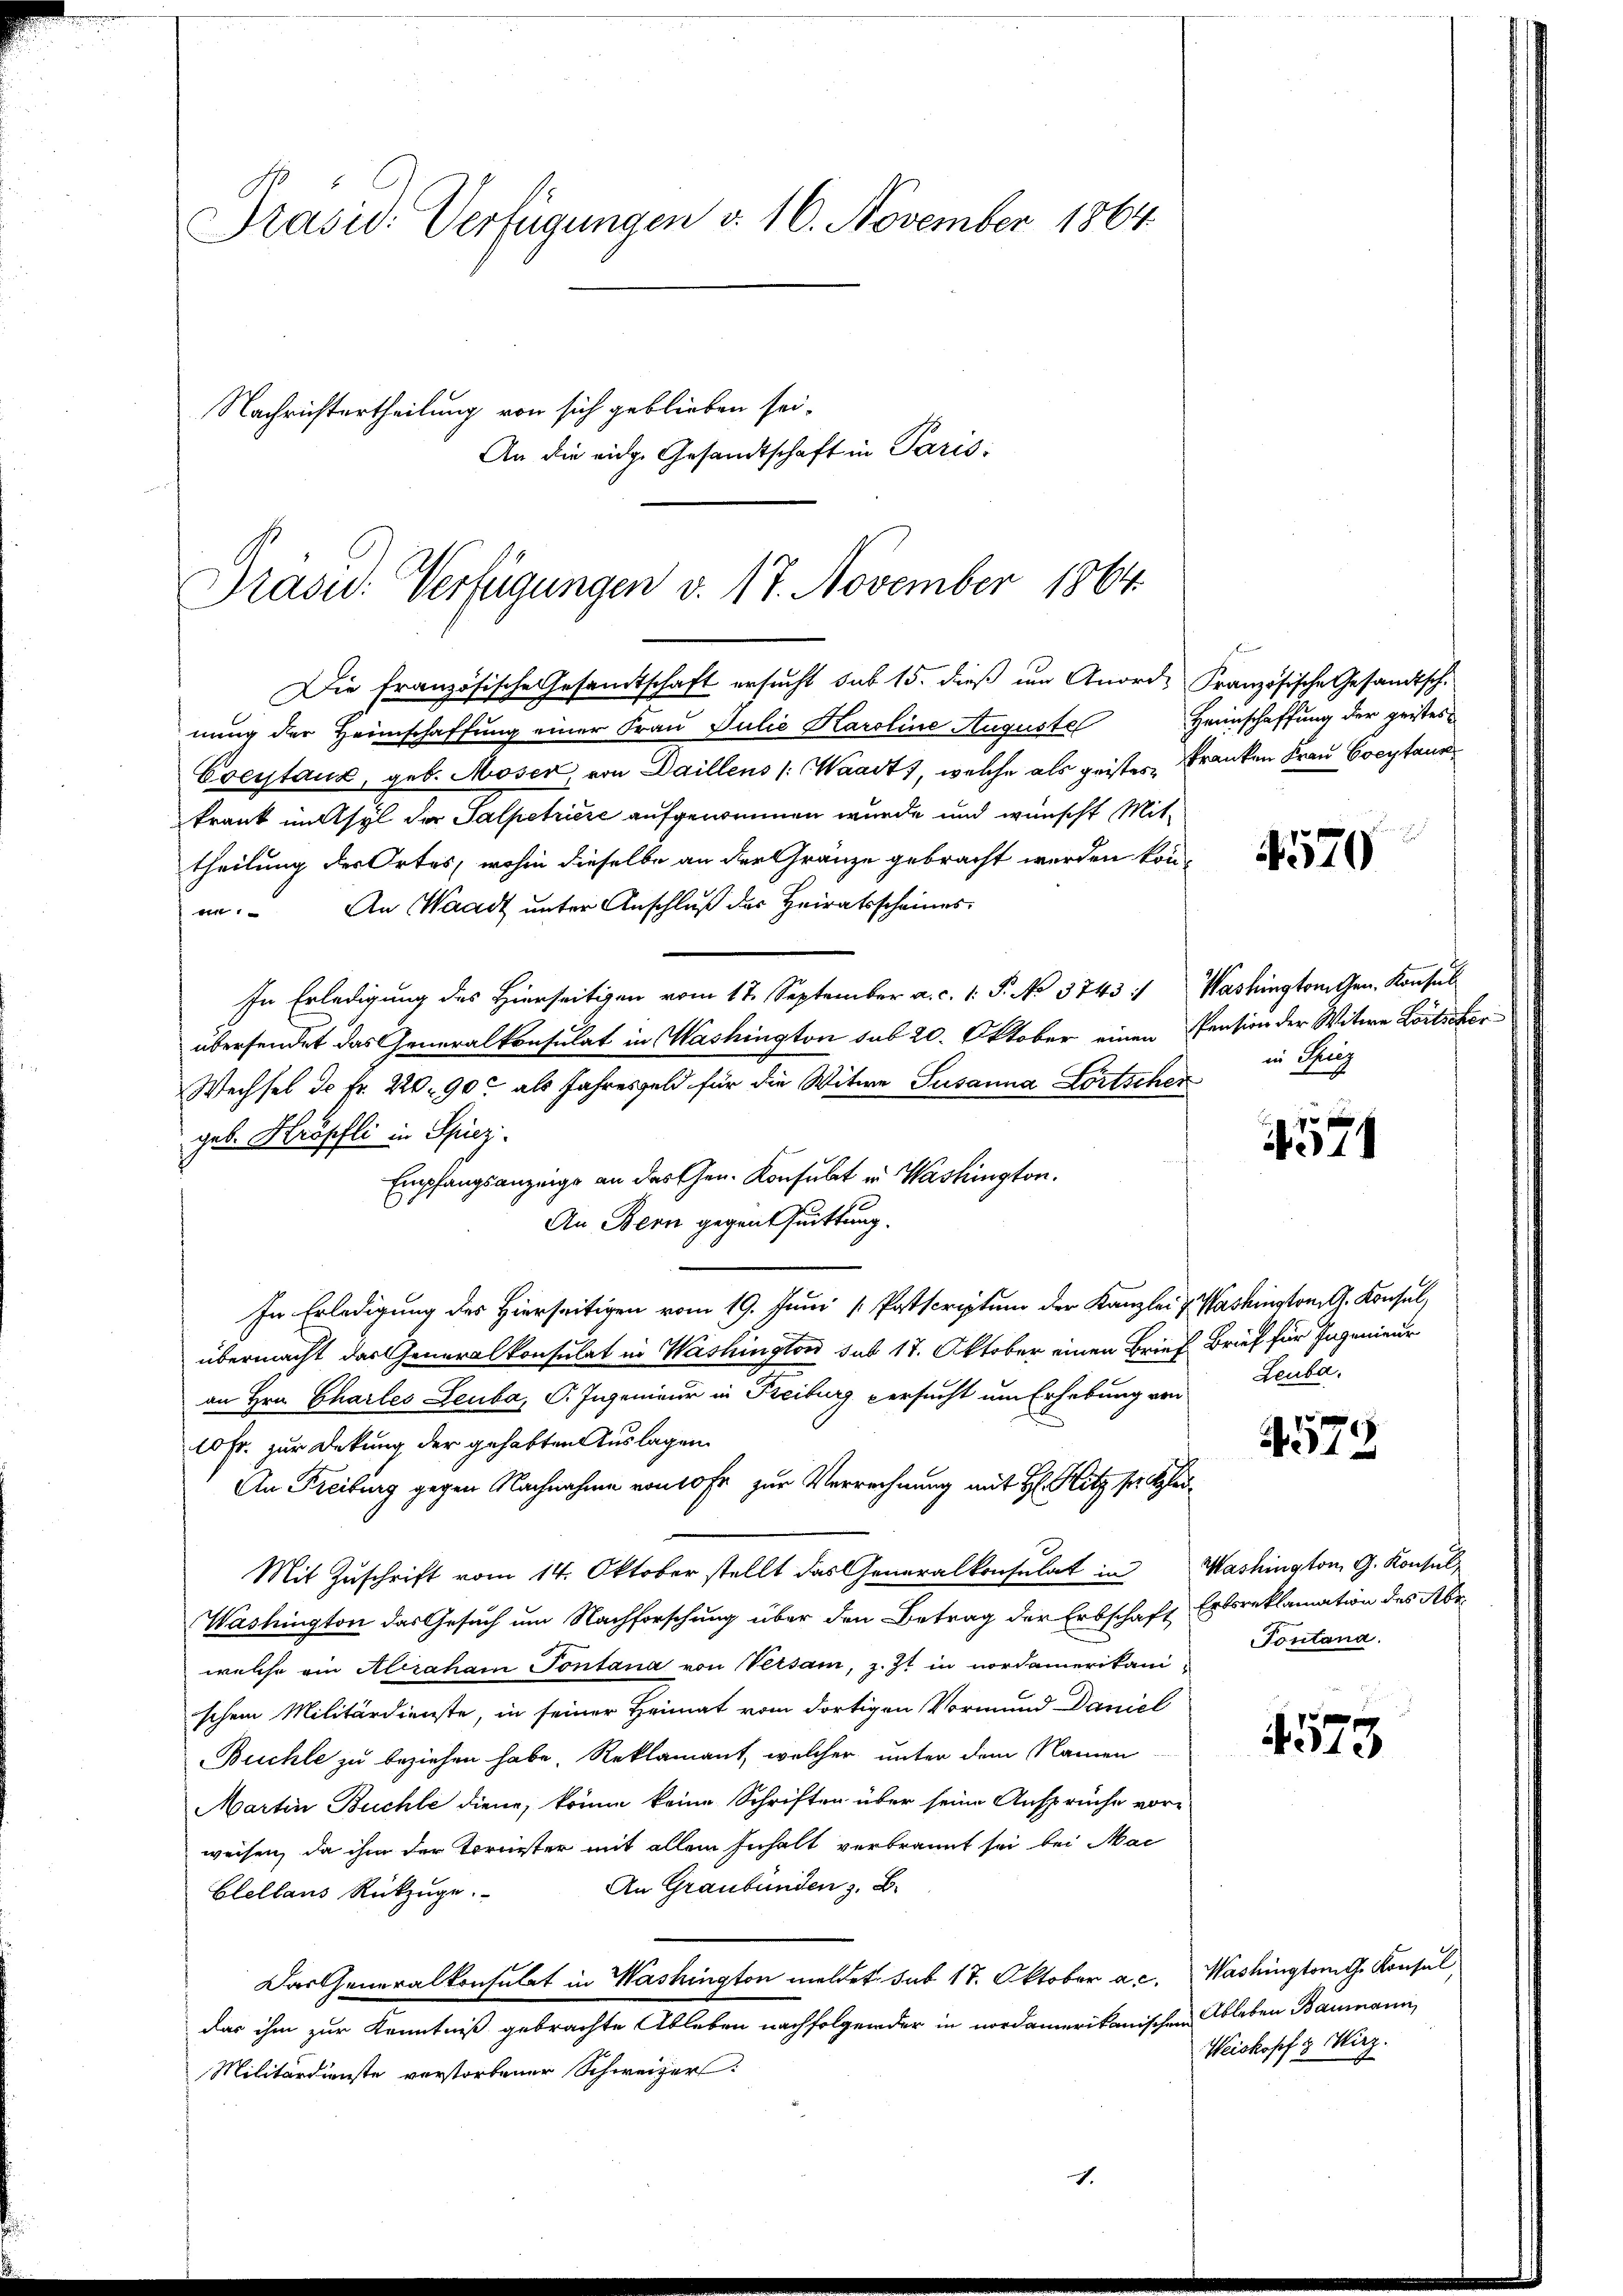
Präsid. Verfügungen d. 16. November 1864
Nachrichtertheilung von sich geblieben sei.
An die eige Gesandtschaft in Paris

Präsid.: Verfügungen v. 17. November 1864

Die französische Gesandtschaft ersucht sub 15. dieß um Anord- Französische Gesandtsch.
nung der Heimschaffung einer Frau Julie Karoline Augustel
Ereytaux, geb. Moser, von Daillens (Waadt, welche als geistes Franken Frau Cocytaur
krank unsyl der Salpetriere aufgenommen wurde und wünscht Mittheilung des Ortes, wohin dieselbe an der Gränze gebracht werden könnn. An Waadt unter Anschluß der Heiratsscheines
In Erledigung des Hierseitigen vom 17. September a. c. 1. P. No 3743) Washingtonten. Konsul
übersendet das Generalkonsulat in Washington sub 20. Oktober einen Pension der Witwe Losticker
Wechsel de fr. 220. 90 als Jahresfeld für die Witwe Susanna Fortschen
geb. Kröpfli in Spiez.
Empfangsanzeige an das Gen. Konsulat in Washington.
An Bern gegen Quittung.
In Erledigung des Hierseitigen vom 19. Juni [Patscriptum der Kanzlei & Washington G. Konsul,
übermacht das Generalkonsulat in Washington sub 17. Oktober einen Brief Brief für Ingenieur
an Hrn. Chartes Leuba, C. Ingenieur in Freiburg versucht um Erhebung von
10 Fr. zur Deckung der gehabten Auslagen
4573
An Freiburg gegen Nachnahme vom 10 fr zur Verrechnung mit H. Hitz steher¬
Mit Zuschrift vom 14. Oktober stellt das Generalkonsulat in Washington G. Konsul
Washington das Gesuch um Nachforschung über den Betrag der Erbschaft Ertsreklamation des Abe
Pontona
welche ein Alizaham Tontana von Versam, z. Zt in nordamerikani-
schem Militärdienste, in seiner Heimat vom dortigen Vormund Daniel
4573
Buchle zu beziehen habe. Reklamant, welcher unter dem Namen
Martin Buchle diene, könne keine Schriften über seine Ansprüche vor-
weisen, da ihm der Tornister mit allem Inhalt verbrannt sei bei Mac
An Graubünden z. B.
Elellans Rückzuge.
Das Generalkonsulat in Washington meldet sub 17. Oktober a. c. Washington Konsul
das ihm zur Kenntniß gebrachte Ableben nachfolgender in nordamerikanischen Ableben Baumann,
Weiskopf & Wirz.
Militärdienste verstorbener Schweizer:

1.

Heimschaffung der geistes

4570

in Sieg

Leuba

71